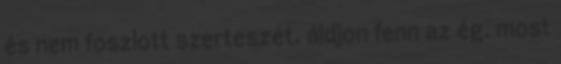
és nem foszlott szerteszét. áldjon fenn az ég. most